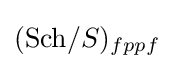
(\mathrm {Sch} /S)_{fppf}